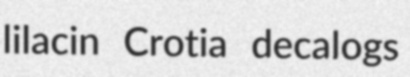
lilacin Crotia decalogs